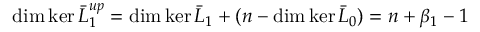
\dim \ker \bar { L } _ { 1 } ^ { u p } = \dim \ker \bar { L } _ { 1 } + ( n - \dim \ker \bar { L } _ { 0 } ) = n + \beta _ { 1 } - 1